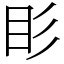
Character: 䀐